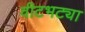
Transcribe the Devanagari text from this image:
वीटभट्या